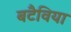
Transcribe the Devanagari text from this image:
बटैविया